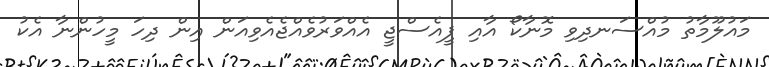
މައުލޫމާތު މުއްސަނދިވި މޮނާކޯ އާއި ޕީއެސްޖީ އެއްވަރުވެއްޖެއެވިއަން އިން ދިހަ މީހުންނާ އެކު